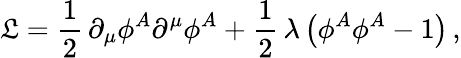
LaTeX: {\cal\mathfrak{L}}=\frac{{1}}{{2}}\, \partial_{\mu}\phi^{A}\partial^{\mu}\phi^{A}+\frac{{1}}{{2}}\, \lambda\, \bigl(\phi^{A}\phi^{A}-1\bigr)\, ,